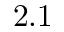
2 . 1